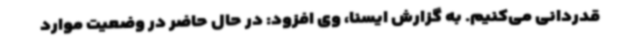
قدردانی می‌کنیم. به گزارش ایسنا، وی افزود: در حال حاضر در وضعیت موارد